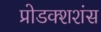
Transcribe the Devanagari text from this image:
प्रोडक्शशंस